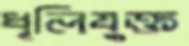
ধূলিযুক্ত